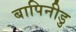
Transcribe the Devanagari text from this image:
बापिनीडु